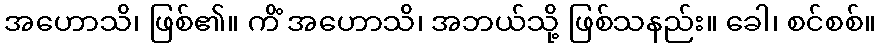
အဟောသိ၊ ဖြစ်၏။ ကိံ အဟောသိ၊ အဘယ်သို့ ဖြစ်သနည်း။ ခေါ၊ စင်စစ်။